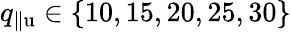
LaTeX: q_{\| \mathrm{u}}\in\{ 10,15,20,25,30\}